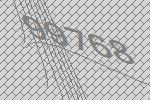
99768